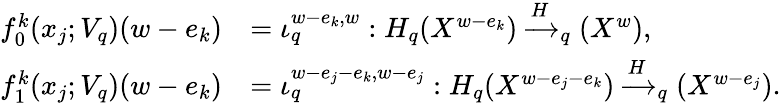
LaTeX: \begin{array}{rl}{f_{0}^{k}(x_{j};V_{q})(w-e_{k})}&{=\iota_{q}^{w-e_{k},w}:H_{q}(X^{w-e_{k}})\xrightarrow H_{q}(X^{w}),}\\ {f_{1}^{k}(x_{j};V_{q})(w-e_{k})}&{=\iota_{q}^{w-e_{j}-e_{k},w-e_{j}}:H_{q}(X^{w-e_{j}-e_{k}})\xrightarrow H_{q}(X^{w-e_{j}}).}\end{array}